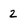
Character: 2